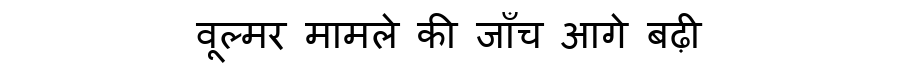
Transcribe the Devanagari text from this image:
वूल्मर मामले की जाँच आगे बढ़ी